65_HS1-834228961_62-HQ-83894_Section_1
Agency: FBI
Page 77
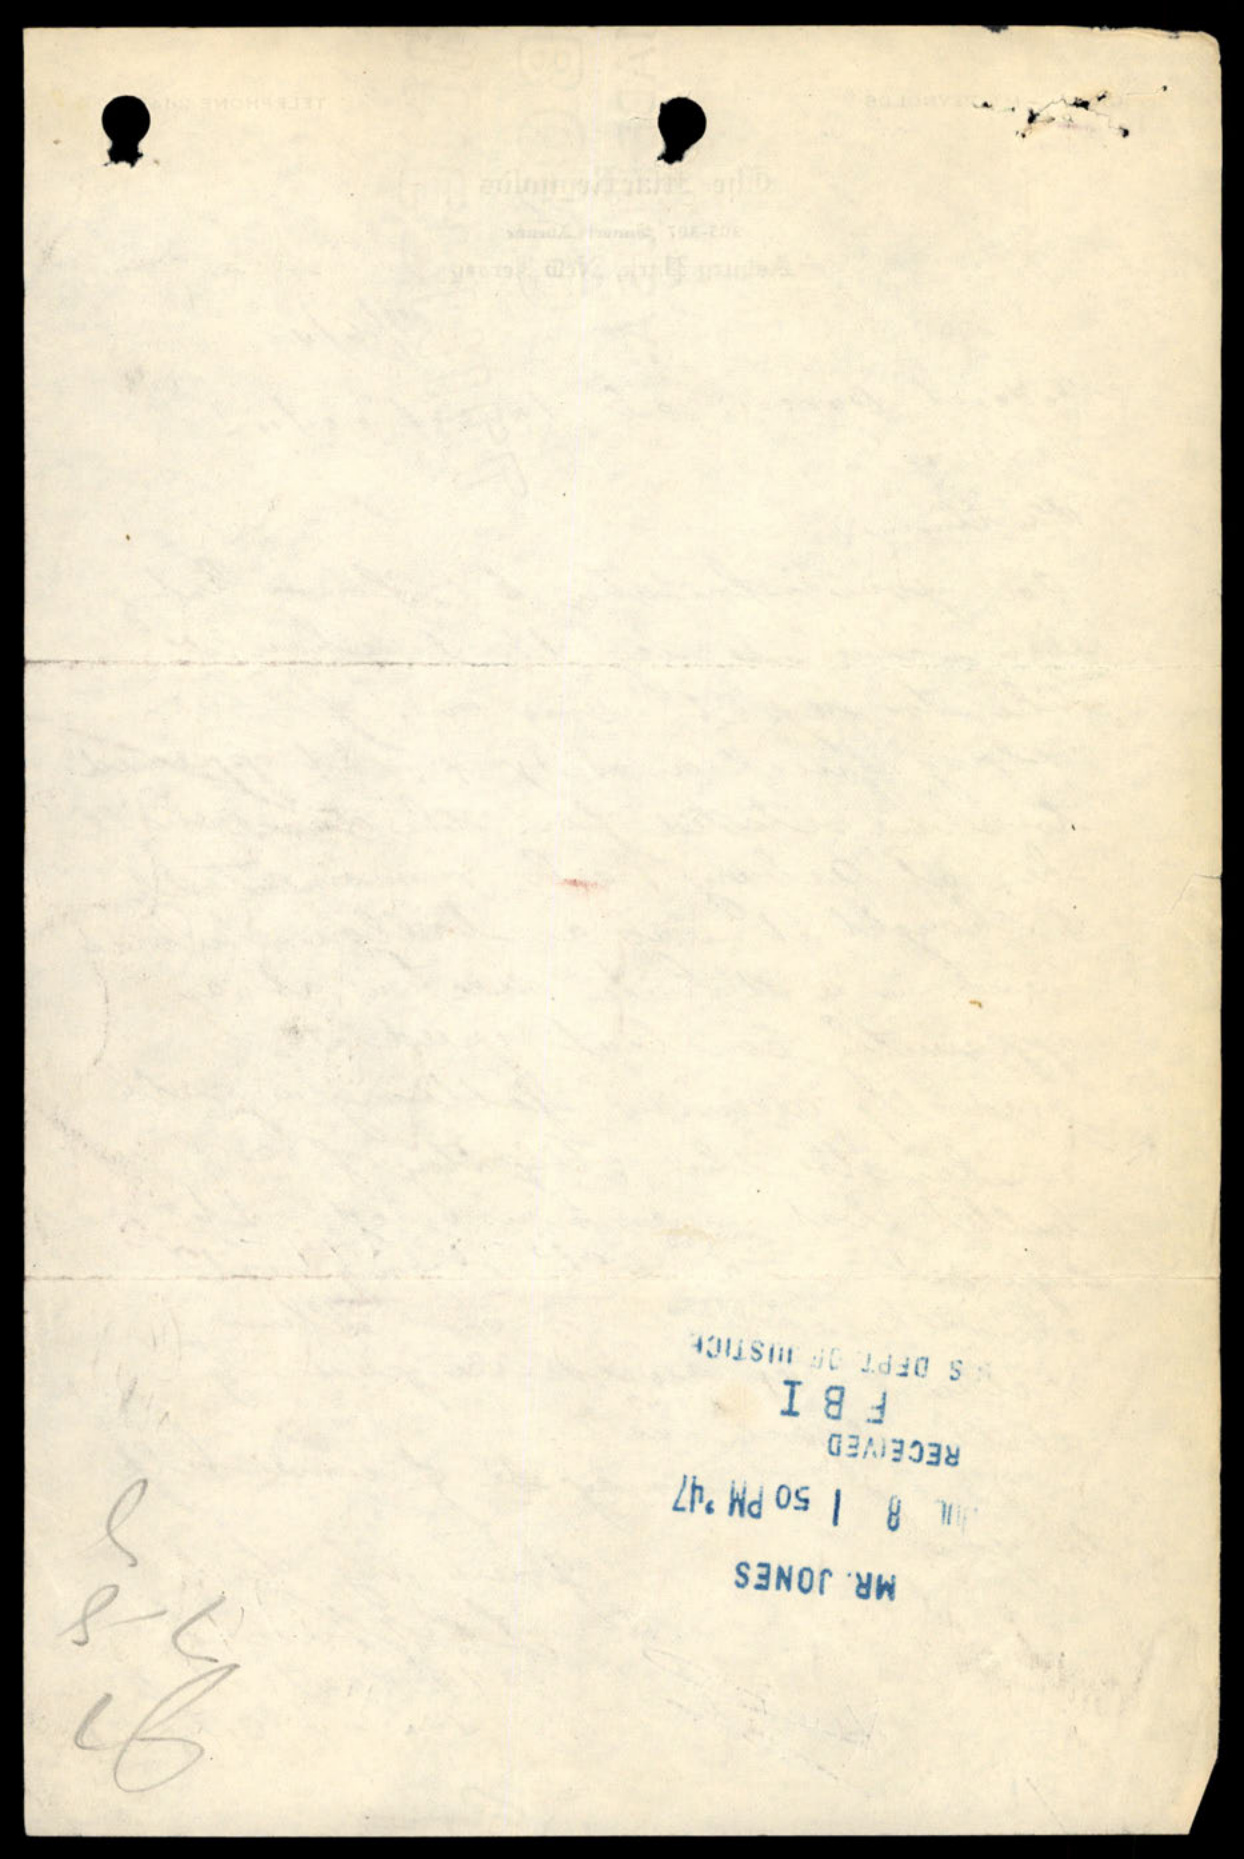